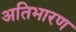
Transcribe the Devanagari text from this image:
अतिभारण